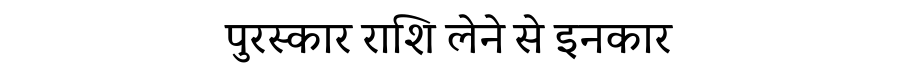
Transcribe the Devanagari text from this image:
पुरस्कार राशि लेने से इनकार